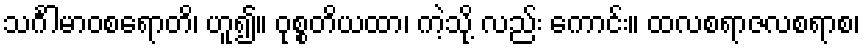
သင်္ဂါမာဝစရောတိ၊ ဟူ၍။ ဝုစ္စတိယထာ၊ ကဲ့သို့ လည်း ကောင်း။ ထလစရာဇလစရာစ၊